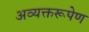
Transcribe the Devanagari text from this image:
अव्यक्तरूपेण